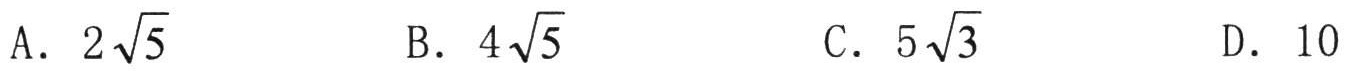
A. \(2\sqrt{5}\)

B. \(4\sqrt{5}\)

C. \(5\sqrt{3}\)

D. \(10\)